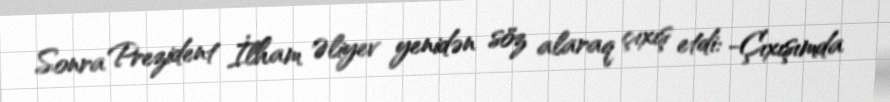
Sonra Prezident İlham Əliyev yenidən söz alaraq çıxış etdi: -Çıxışımda